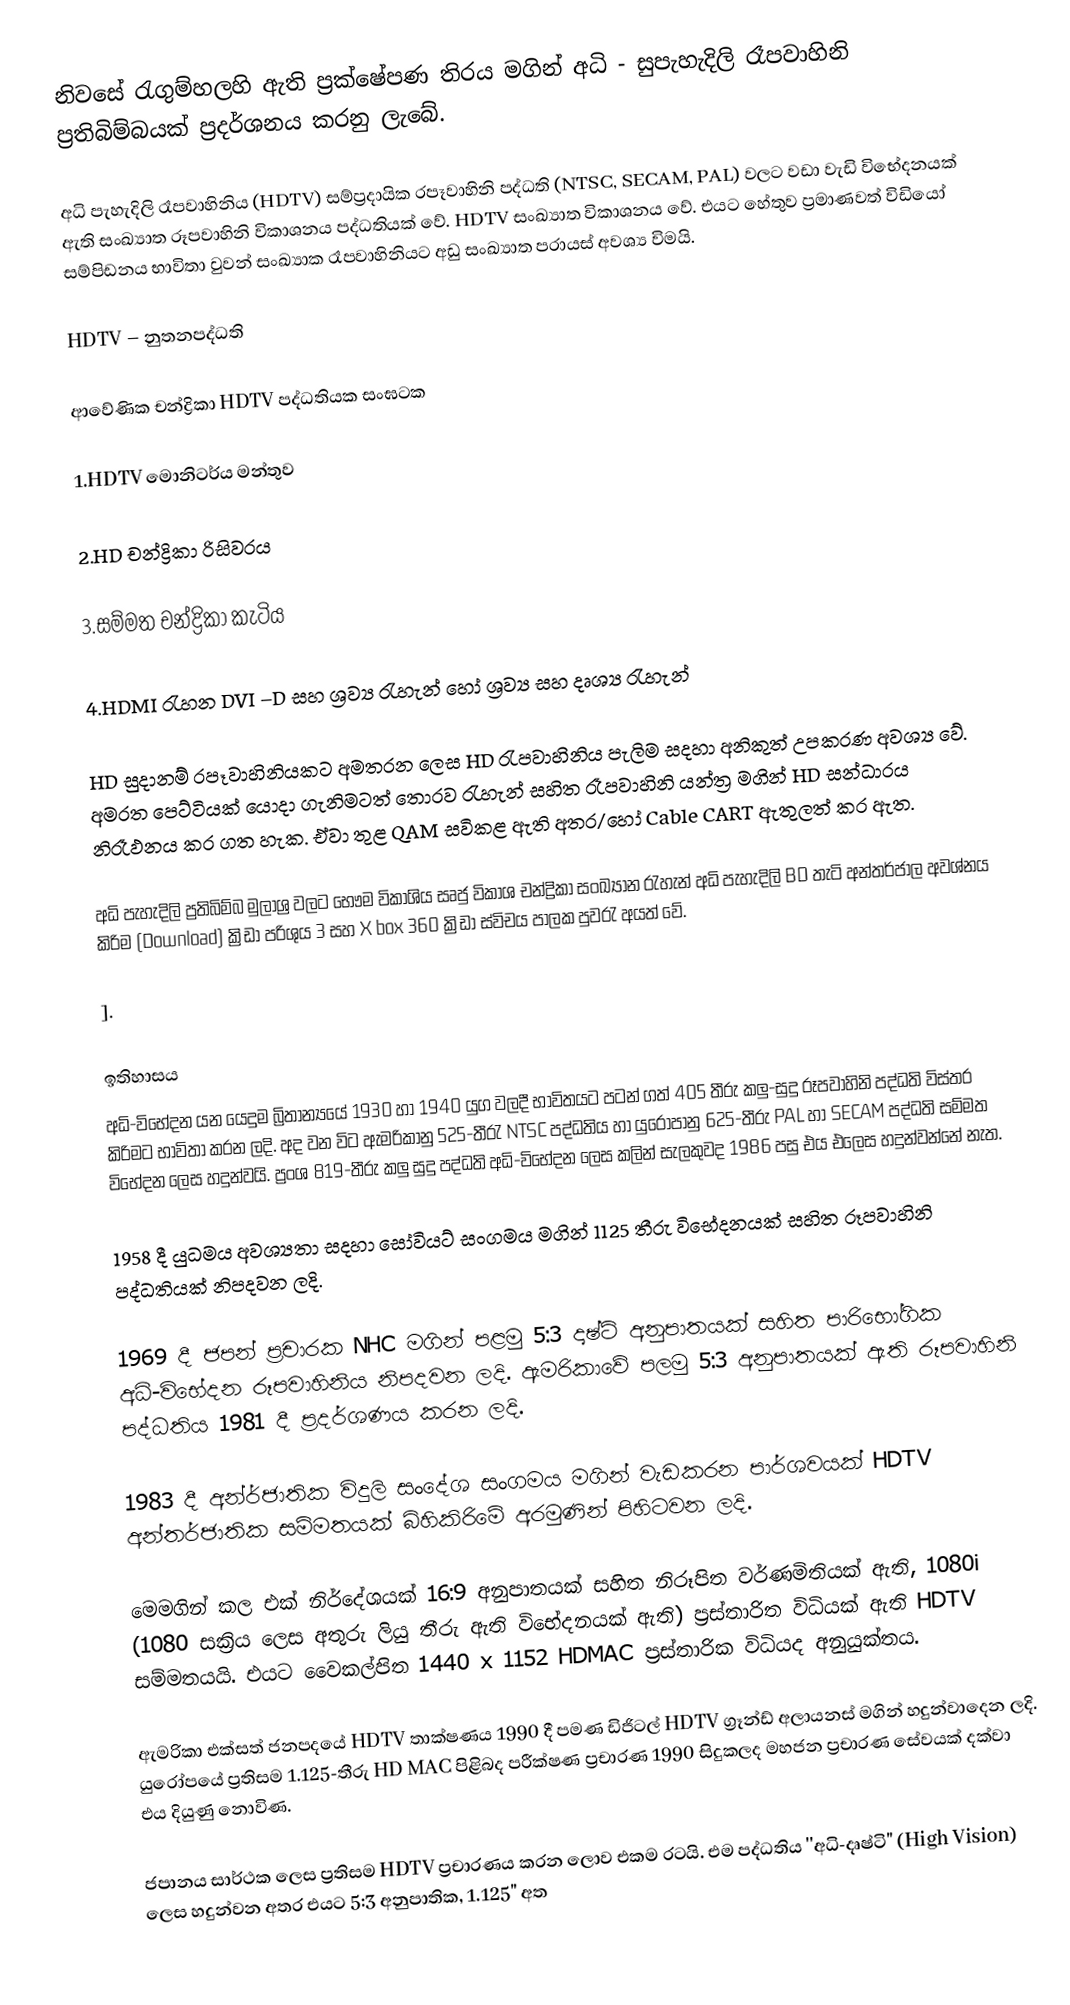
නිවසේ රැගුම්හලහි ඇති ප්‍රක්ෂේපණ තිරය මගින් අධි - සුපැහැදිලි රෑපවාහිනි ප්‍රතිබිම්බයක් ප්‍රදර්ශනය කරනු ලැබේ.

අධි පැහැදිලි රෑපවාහිනිය (HDTV) සම්ප්‍රදායික රපෑවාහිනි පද්ධති (NTSC, SECAM, PAL) වලට වඩා වැඩි විභේදනයක් ඇති සංඛ්‍යාත රූපවාහිනි විකාශනය පද්ධතියක් වේ.  HDTV සංඛ්‍යාත විකාශනය වේ. එයට හේතුව ප්‍රමාණවත් විඩියෝ සම්පිඩනය භාවිතා වුවන් සංඛ්‍යාක රෑපවාහිනියට අඩු සංඛ්‍යාත පරායස් අවශ්‍ය විමයි.

HDTV – නුතනපද්ධති

ආවේණික චන්ද්‍රිකා HDTV පද්ධතියක සංඝටක

1.HDTV මොනිටර්ය මන්තුව

2.HD චන්ද්‍රිකා රිසිවරය

3.සම්මත චන්ද්‍රිකා කැටිය

4.HDMI රැහන DVI –D සහ ශ්‍රව්‍ය රැහැන් හෝ ශ්‍රව්‍ය සහ දෘශ්‍ය රැහැන්

HD සුදානම් රපෑවාහිනියකට අමතරන ලෙස HD රැපවාහිනිය පැලිම සදහා අනිකුත් උපකරණ අවශ්‍ය වේ. අමරත පෙට්ටියක් යොදා ගැනිමටත් තොරව රැහැන් සහිත රෑපවාහිනි යන්ත්‍ර මගින් HD සන්ධාරය නිරෑඵනය කර ගත හැක. ඒවා තුළ QAM සවිකළ ඇති අතර/හෝ Cable CART ඇතුලත් කර ඇත.

අධි පැහැදිලි ප්‍රතිබිම්බ මුලාශ්‍ර වලට භෞම විකාශිය සෘජු විකාශ චන්ද්‍රිකා සංඛ්‍යාන රැහැන් අධි පැහැදිලි BD තැටි අන්තර්ජාල අවශ්නය කිරිම (Download) ක්‍රිඩා පරිශුය 3 සහ X box 360  ක්‍රිඩා ස්විචය පාලක පුවරැ අයත් වේ.

].

ඉතිහාසය
අධි-විභේදන යන යෙදුම බ්‍රිතාන්‍යයේ 1930 හා 1940 යුග වලදී භාවිතයට පටන් ගත් 405 තීරු කලු-සුදු රූපවාහිනි පද්ධති විස්තර කිරිමට භාවිතා කරන ලදි. අද වන විට ඇමරිකානු 525-තීරැ NTSC පද්ධතිය හා යුරෝපානු 625-තීරු PAL හා SECAM පද්ධති සම්මත විභේදන ලෙස හදුන්වයි. ප්‍රංශ 819-තීරු කලු සුදු පද්ධති අධි-විභේදන ලෙස කලින් සැලකුවද 1986 පසු එය ‍එලෙස හදුන්වන්නේ නැත.

1958 දී යුධමය අවශ්‍යතා සදහා සෝවියට් සංගමය මගින් 1125 තීරු විභේදනයක් සහිත රූපවාහිනි පද්ධතියක් නිපදවන ලදි.

1969 දී ජපන් ප්‍රචාරක NHC මගින් පළමු 5:3 දෘෂ්ටි අනුපාතයක් සහිත පාරිභෝගික අධි-විභේදන රූපවාහිනිය නිපදවන ලදි. ඇමරිකාවේ පලමු 5:3 අනුපාතයක් ඇති රූපවාහිනි පද්ධතිය 1981 දී ප්‍රදර්ශණය කරන ලදි.

1983 දී අන්ර්ජාතික විදුලි සංදේශ සංගමය මගින් වැඩකරන පාර්ශවයක් HDTV අන්තර්ජාතික සම්මතයක් බිහිකිරිමේ අරමුණින් පිහිටවන ලදි.

මෙමගින් කල එක් නිර්දේශයක් 16:9 අනුපාතයක් සහිත නිරූපිත වර්ණමිතියක් ඇති, 1080i (1080 සක්‍රිය ලෙස අතුරු ලියු තීරු ඇති විභේදනයක් ඇති) ප්‍රස්තාරිත විධියක් ඇති HDTV සම්මතයයි. එයට වෛකල්පිත 1440 x 1152 HDMAC ප්‍රස්තාරික විධියද අනුයුක්තය.

ඇමරිකා එක්සත් ජනපදයේ HDTV තාක්ෂණය 1990 දී පමණ ඩිජිටල් HDTV ග්‍රෑන්ඩ් අලායනස් මගින් හදුන්වාදෙන ලදි. යුරෝපයේ ප්‍රතිසම 1.125-තීරු HD MAC පිළිබද පරීක්ෂණ ප්‍රචාරණ 1990 සිදුකලද මහජන ප්‍රචාරණ සේවයක් දක්වා එය දියුණු නොවිණ.

ජපානය සාර්ථක ලෙස ප්‍රතිසම HDTV ප්‍රචාරණය කරන ලොව එකම රටයි. එම පද්ධතිය ''අධි-දෘෂ්ටි" (High Vision) ලෙස හදුන්වන අතර එයට 5:3 අනුපාතික, 1.125" අත